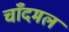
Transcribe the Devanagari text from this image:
चाँदमल